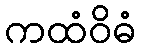
ကထံဝိဓံ